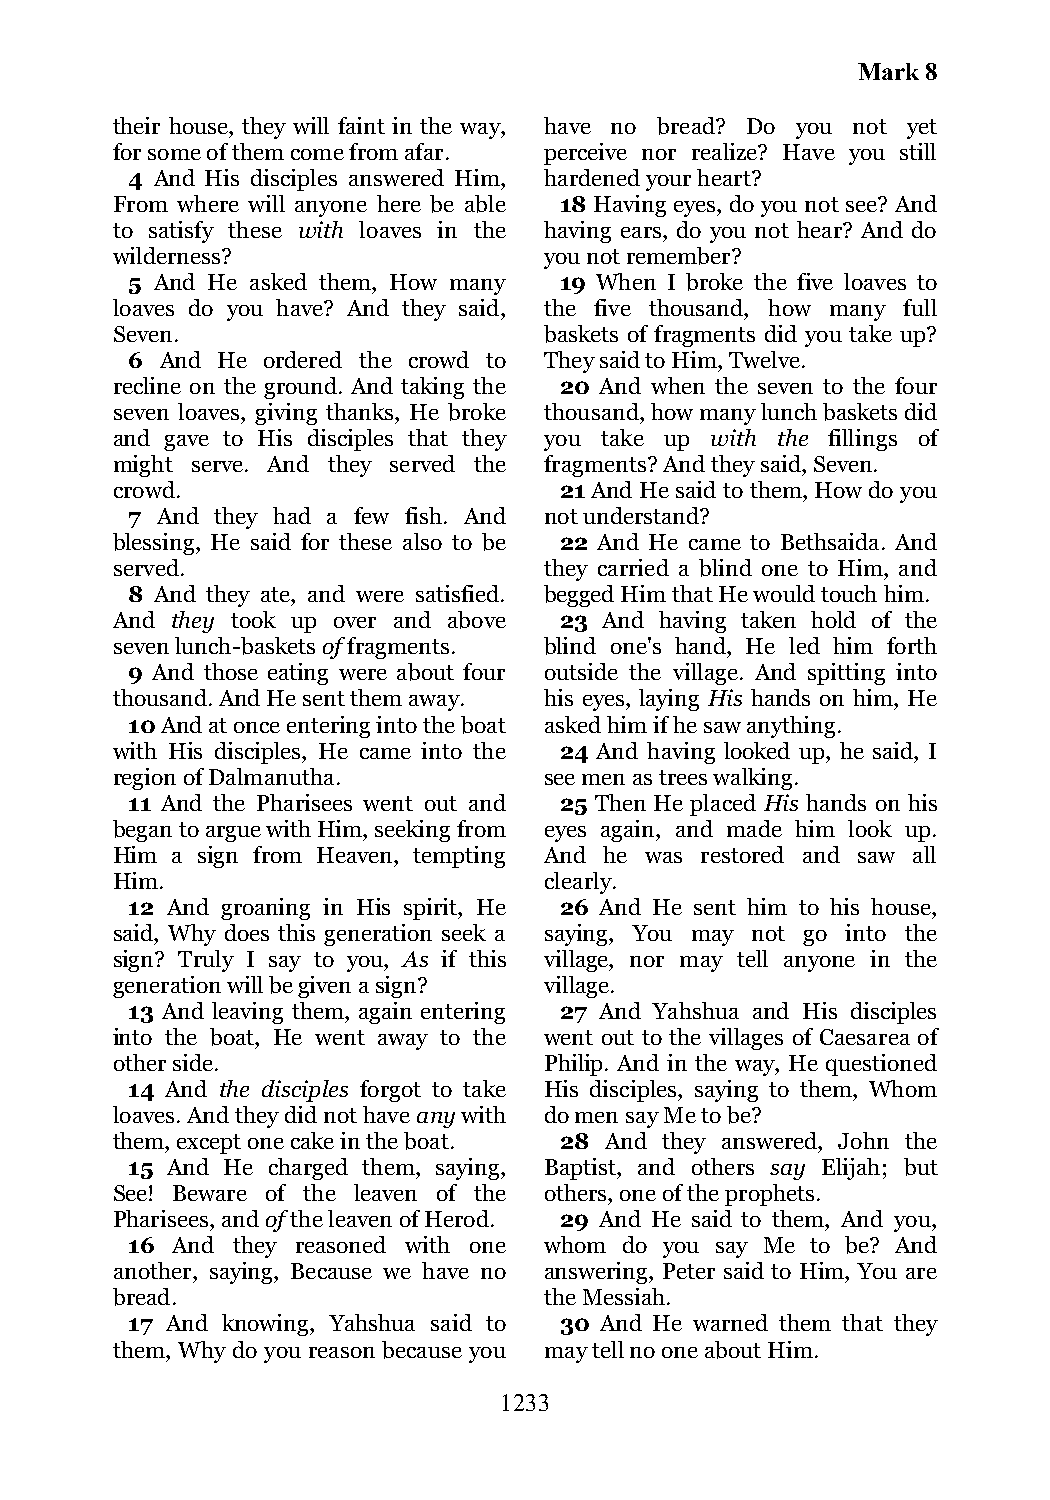
Mark 8
 their house, they will faint in the way, have no bread? Do you not yet
 for some of them come from afar. perceive nor realize? Have you still
 4 And His disciples answered Him, hardened your heart?
 From where will anyone here be able 18 Having eyes, do you not see? And
 to satisfy these with loaves in the having ears, do you not hear? And do
 wilderness?                  you not remember?
 5 And He asked them, How many 19 When I broke the five loaves to
 loaves do you have? And they said, the five thousand, how many full
 Seven.                       baskets of fragments did you take up?
 6  And He ordered the crowd to They said to Him, Twelve.
 recline on the ground. And taking the 20 And when the seven to the four
 seven loaves, giving thanks, He broke thousand, how many lunch baskets did
 and gave to His disciples that they you take up with the fillings of
 might serve. And they served the fragments? And they said, Seven.
 crowd.                        21 And He said to them, How do you
 7 And they had a few fish. And not understand?
 blessing, He said for these also to be 22 And He came to Bethsaida. And
 served.                      they carried a blind one to Him, and
 8 And they ate, and were satisfied. begged Him that He would touch him.
 And they took up over and above 23 And having taken hold of the
 seven lunch-baskets of fragments. blind one's hand, He led him forth
 9 And those eating were about four outside the village. And spitting into
 thousand. And He sent them away. his eyes, laying His hands on him, He
 10 And at once entering into the boat asked him if he saw anything.
 with His disciples, He came into the 24 And having looked up, he said, I
 region of Dalmanutha.        see men as trees walking.
 11 And the Pharisees went out and 25 Then He placed His hands on his
 began to argue with Him, seeking from eyes again, and made him look up.
 Him a sign from Heaven, tempting And he was restored and saw all
 Him.                         clearly.
 12 And groaning in His spirit, He 26 And He sent him to his house,
 said, Why does this generation seek a saying, You may not go into the
 sign? Truly I say to you, As if this village, nor may tell anyone in the
 generation will be given a sign? village.
 13 And leaving them, again entering 27 And Yahshua and His disciples
 into the boat, He went away to the went out to the villages of Caesarea of
 other side.                  Philip. And in the way, He questioned
 14 And the disciples forgot to take His disciples, saying to them, Whom
 loaves. And they did not have any with do men say Me to be?
 them, except one cake in the boat. 28 And they answered, John the
 15 And He charged them, saying, Baptist, and others say Elijah; but
 See! Beware of the leaven of the others, one of the prophets.
 Pharisees, and of the leaven of Herod. 29 And He said to them, And you,
 16 And they reasoned with one whom do you say Me to be? And
 another, saying, Because we have no answering, Peter said to Him, You are
 bread.                       the Messiah.
 17 And knowing, Yahshua said to 30 And He warned them that they
 them, Why do you reason because you may tell no one about Him.
 1233